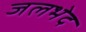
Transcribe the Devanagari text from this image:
जलभेद